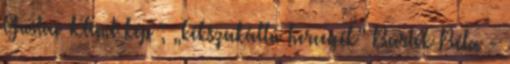
Gustav Klimt kép ; „kékszakállú hercegék” Bartók Béla -